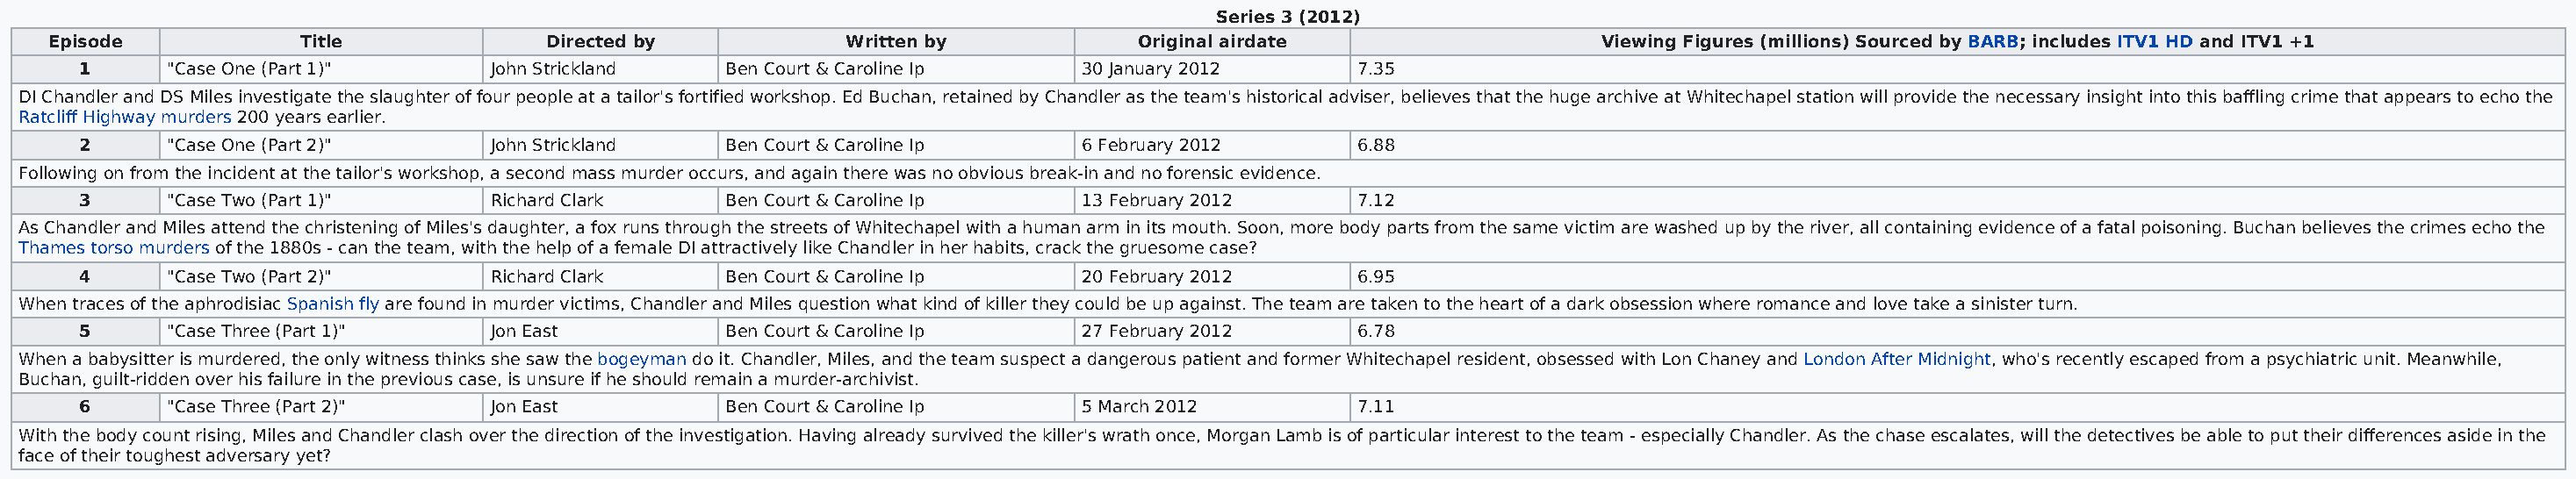
Series 3 (2012)
 Episode            Title             Directed by            Written by            Original airdate                   Viewing Figures (millions) Sourced by BARB; includes ITV1 HD and ITV1 +1
 1      "Case One (Part 1)"     John Strickland   Ben Court & Caroline Ip    30 January 2012     7.35
 DI Chandler and DS Miles investigate the slaughter of four people at a tailor's fortified workshop. Ed Buchan, retained by Chandler as the team's historical adviser, believes that the huge archive at Whitechapel station will provide the necessary insight into this baffling crime that appears to echo the
 Ratcliff Highway murders 200 years earlier.
 2      "Case One (Part 2)"     John Strickland   Ben Court & Caroline Ip    6 February 2012     6.88
 Following on from the incident at the tailor's workshop, a second mass murder occurs, and again there was no obvious break-in and no forensic evidence.
 3      "Case Two (Part 1)"     Richard Clark     Ben Court & Caroline Ip    13 February 2012    7.12
 As Chandler and Miles attend the christening of Miles's daughter, a fox runs through the streets of Whitechapel with a human arm in its mouth. Soon, more body parts from the same victim are washed up by the river, all containing evidence of a fatal poisoning. Buchan believes the crimes echo the
 Thames torso murders of the 1880s - can the team, with the help of a female DI attractively like Chandler in her habits, crack the gruesome case?
 4      "Case Two (Part 2)"     Richard Clark     Ben Court & Caroline Ip    20 February 2012    6.95
 When traces of the aphrodisiac Spanish fly are found in murder victims, Chandler and Miles question what kind of killer they could be up against. The team are taken to the heart of a dark obsession where romance and love take a sinister turn.
 5      "Case Three (Part 1)"   Jon East          Ben Court & Caroline Ip    27 February 2012    6.78
 When a babysitter is murdered, the only witness thinks she saw the bogeyman do it. Chandler, Miles, and the team suspect a dangerous patient and former Whitechapel resident, obsessed with Lon Chaney and London After Midnight, who's recently escaped from a psychiatric unit. Meanwhile,
 Buchan, guilt-ridden over his failure in the previous case, is unsure if he should remain a murder-archivist.
 6      "Case Three (Part 2)"   Jon East          Ben Court & Caroline Ip    5 March 2012        7.11
 With the body count rising, Miles and Chandler clash over the direction of the investigation. Having already survived the killer's wrath once, Morgan Lamb is of particular interest to the team - especially Chandler. As the chase escalates, will the detectives be able to put their differences aside in the
 face of their toughest adversary yet?